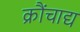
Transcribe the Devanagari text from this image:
क्रौंचाद्य